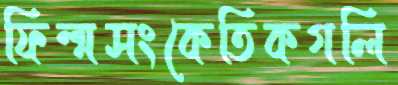
ফিল্মসংকেতিকগলি